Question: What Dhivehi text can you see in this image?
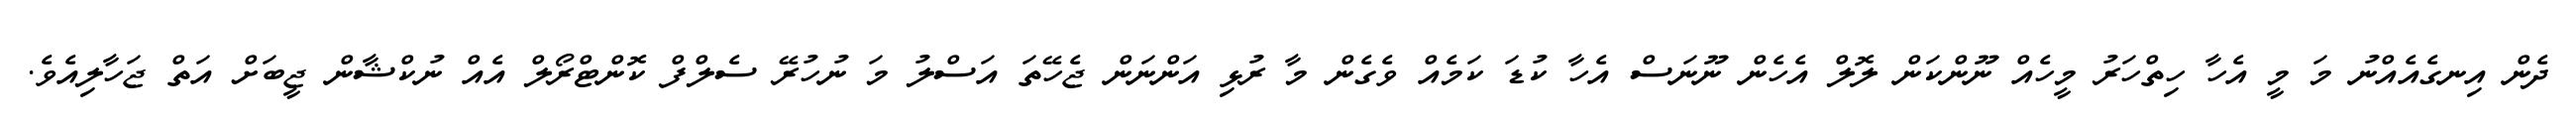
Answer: ދެން އިނގެއެއްނު މަ މީ އެހާ ހިތްހަރު މީހެއް ނޫންކަން ލޮލް އެހެން ނޫނަސް އެހާ ކުޑަ ކަމެއް ވެގެން މާ ރުޅި އަންނަން ޖެހޭތަ އަސްލު މަ ނުހުރޭ ސެލްފް ކޮންޓްރޯލް އެއް ނުކްޝާން ޖީބަށް އަތް ޖަހާލިއެވެ.